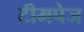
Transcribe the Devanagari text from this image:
टीमपेज